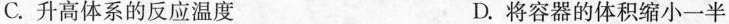
C.升高体系的反应温度 D.将容器的体积缩小一半